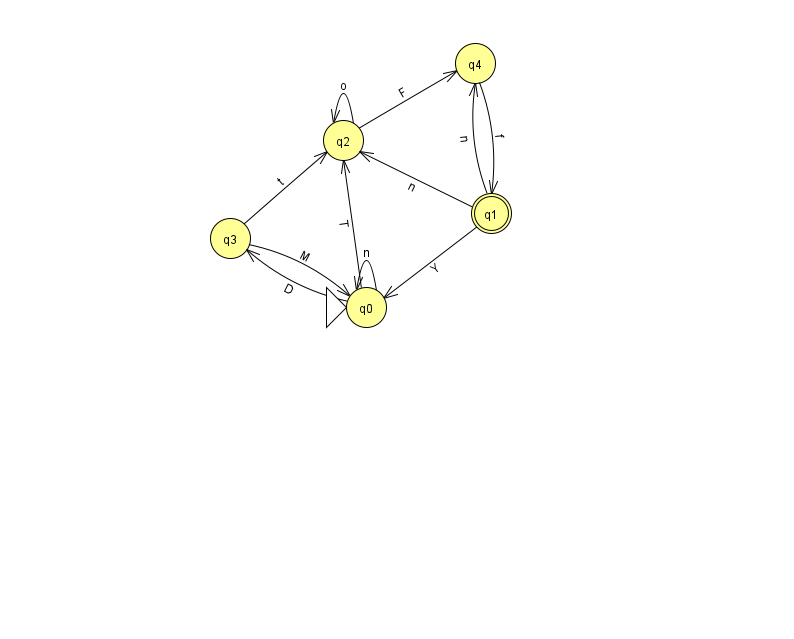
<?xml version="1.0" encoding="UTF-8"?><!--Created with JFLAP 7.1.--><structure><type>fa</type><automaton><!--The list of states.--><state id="0" name="q0"><x>366.0</x><y>294.0</y><initial/></state><state id="1" name="q1"><x>491.0</x><y>200.0</y><final/></state><state id="2" name="q2"><x>343.0</x><y>127.0</y></state><state id="3" name="q3"><x>230.0</x><y>225.0</y></state><state id="4" name="q4"><x>475.0</x><y>50.0</y></state><!--The list of transitions.--><transition><from>0</from><to>2</to><read>T</read></transition><transition><from>1</from><to>4</to><read>n</read></transition><transition><from>3</from><to>0</to><read>M</read></transition><transition><from>2</from><to>4</to><read>F</read></transition><transition><from>4</from><to>1</to><read>f</read></transition><transition><from>3</from><to>2</to><read>t</read></transition><transition><from>0</from><to>3</to><read>D</read></transition><transition><from>0</from><to>0</to><read>n</read></transition><transition><from>1</from><to>2</to><read>n</read></transition><transition><from>1</from><to>0</to><read>Y</read></transition><transition><from>2</from><to>2</to><read>o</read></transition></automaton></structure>